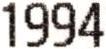
1994